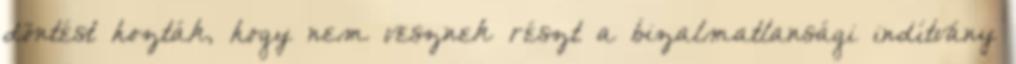
döntést hozták, hogy nem vesznek részt a bizalmatlansági indítvány